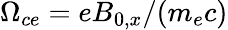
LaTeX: \Omega_{ce}=eB_{0,x}/(m_{e}c)